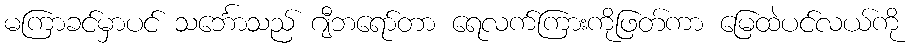
မကြာခင်မှာပင် သင်္ဘောသည် ဂျီဘရော်တာ ရေလက်ကြားကိုဖြတ်ကာ မြေထဲပင်လယ်ကို